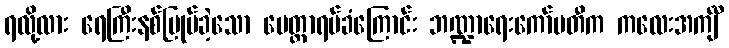
ရလို့လား ရေကြီးနစ်မြုပ်ခဲ့သော မေတ္တာရပ်ခံကြောင်း ဘဏ္ဍာရေးကော်မတီက ကလေးအင်္ကျီ